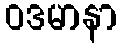
ဝဒမာနာ